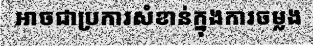
អាចជាប្រការសំខាន់ក្នុងការចម្លង